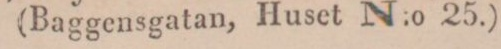
(Baggensgatan, Huset N:o 25.)